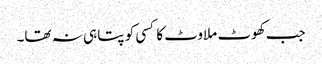
جب کھوٹ ملاوٹ کا کسی کو پتا ہی نہ تھا۔